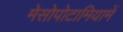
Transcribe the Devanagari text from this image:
मेसोपोटामियामें